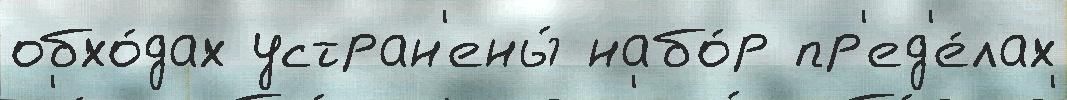
обхо́дах устран'ены́ набо́р пр'ед'е́лах